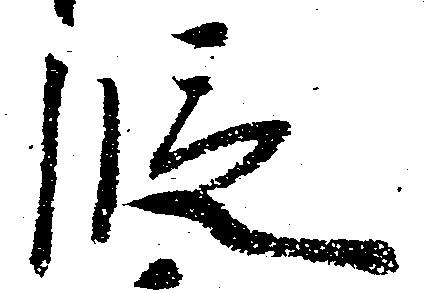
段